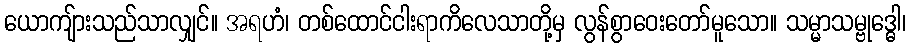
ယောကျ်ားသည်သာလျှင်။ အရဟံ၊ တစ်ထောင်ငါးရာကိလေသာတို့မှ လွန်စွာဝေးတော်မူသော။ သမ္မာသမ္ဗုဒ္ဓေါ၊